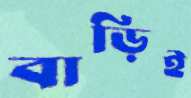
বাড়িই